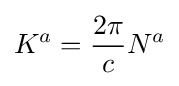
K^{a}={\frac {2\pi }{c}}N^{a}